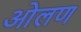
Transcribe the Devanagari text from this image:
ओलण